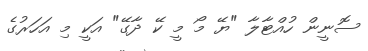
ސޮނީން ހުއްޓާލާ "ޔޭ މޯ މީ ކޭ ދާގޭ" އަކީ މި އަހަރުގެ